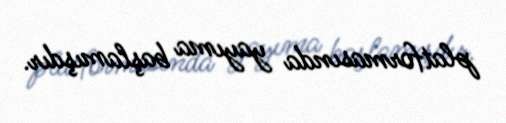
platformasında yayıma başlamışdır.